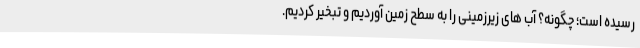
رسیده است؛ چگونه؟ آب های زیرزمینی را به سطح زمین آوردیم و تبخیر کردیم.